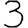
Digit: 3